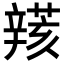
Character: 𨐮